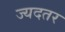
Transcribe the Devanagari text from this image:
ज्यदतर